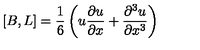
\left[ B , L \right] = { \frac { 1 } { 6 } } \left( u { \frac { \partial u } { \partial x } } + { \frac { \partial ^ { 3 } u } { \partial x ^ { 3 } } } \right)